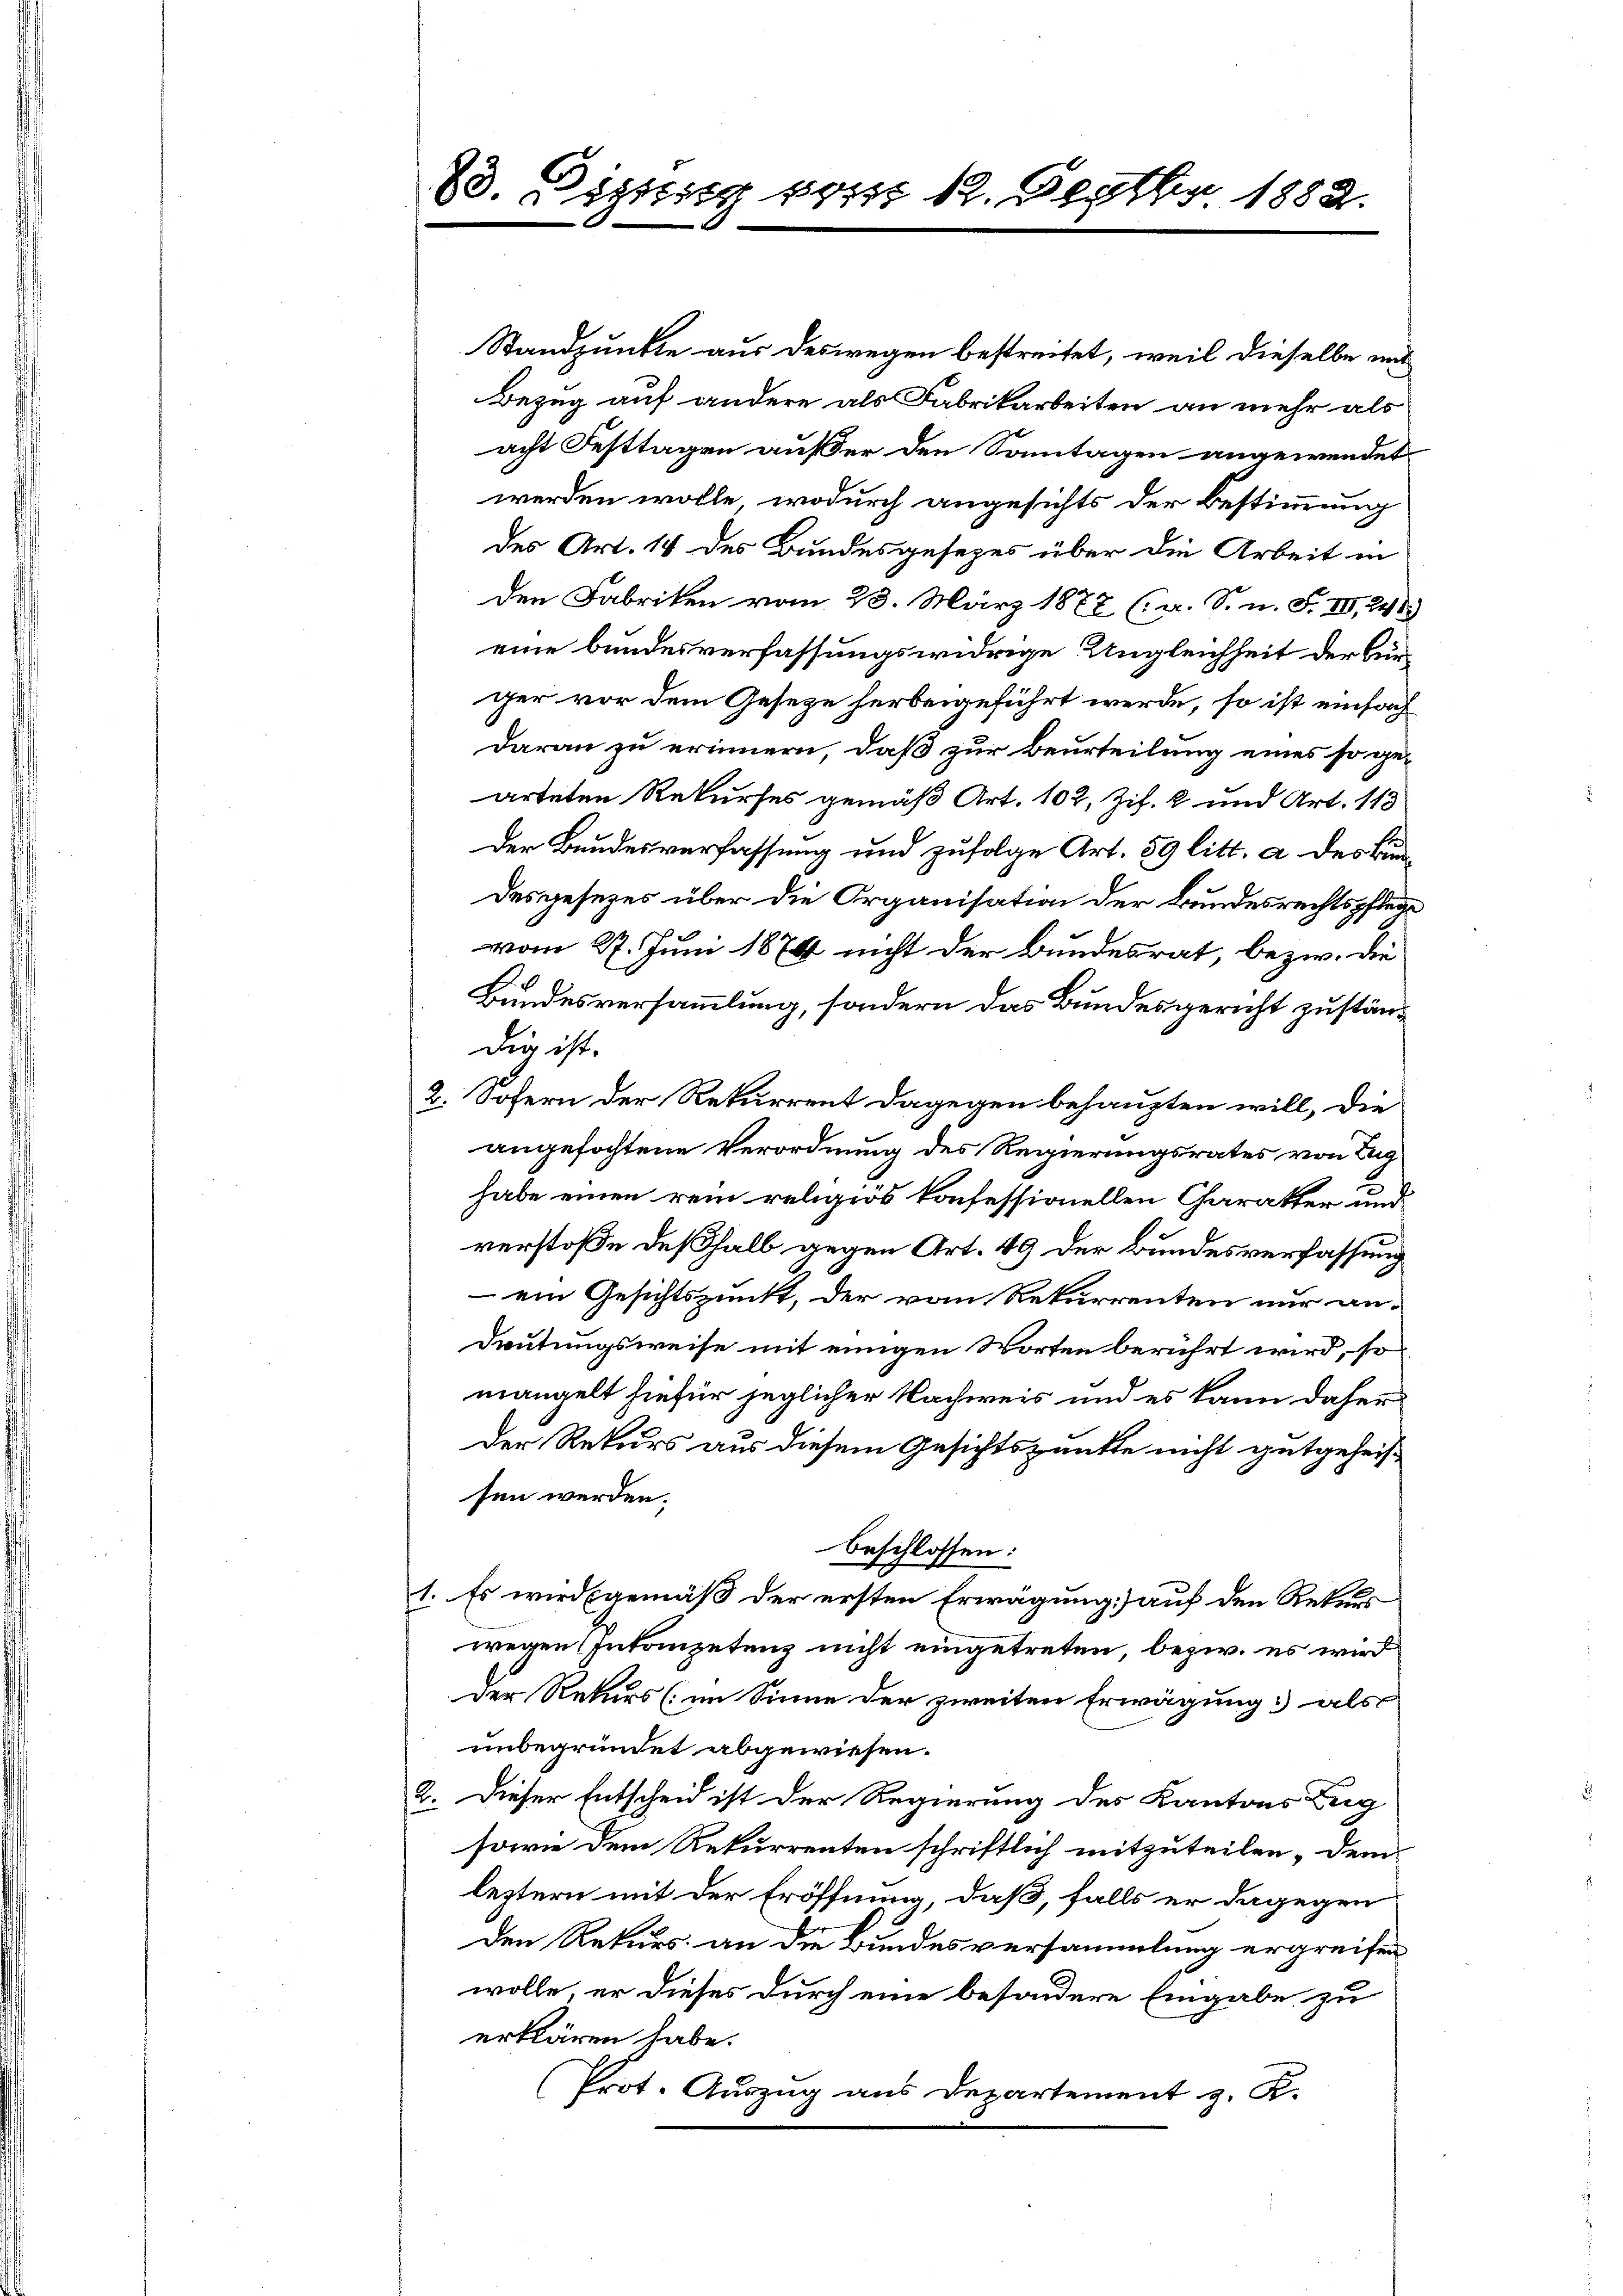
Standpunkte aus deswegen bestreitet, weil dieselbe mit
Bezug auf andere als Fabrikarbeiten an mehr als
acht Festtagen außer den Sonntagen angewendet
werden wolle, wodurch angesichts der Bestimmung
des Art. 14 des Bundesgesezes über die Arbeit in
den Fabriken vom 28. März 1877 (a. S. n. F. III 248
eine bundesverfassungswidrige Ungleichheit der Bunger vor dem Geseze herbeigeführt werde, so ist einfach
daran zu erinnern, daß zur Beurteilung eines so gearteten Rekurses gemäß Art. 102, Zif. 2 und Art. 113
Der Bundesverfassung und zufolge Art. 89 litt. a des Bundesgesezes über die Organisation der Bundesrechtspflege
vom 27. Juni 1874 nicht der Bundesrat, bezw. die
Bundesversammlung, sondern das Bundesgericht zustän¬
Dir ist.
2. Sofern der Rekurrent dagegen behaupten will, die
angefochtene Verordnung des Regierungsrates von Lug
habe einen rein religiös konfessionellen Charakter und
verstoße deßhalb gegen Art. 49 der Bundesverfassung
– ein Gesichtspunkt, der vom Rekurrenten nur an¬
Deutungsweise mit einigen Worten berührt wird, so
mangelt hiefür jeglicher Nachweis und es kann daher
Der Rekurs aus diesem Gesichtspunkte nicht gutgeheis
sen werden.
beschlossen:
1. Es wird gemäß der ersten Erwägung) auf den Rekurs
wegen Intenpetenz nicht eingetreten, bezw. es wird
der Rekurs (im Sinne der zweiten Erwägung als
unbegründet abgewiesen.
2. Dieser Entscheid ist der Regierung des Kantons Zug
sowie dem Rekurrenten schriftlich mitzuteilen, dem
leztern mit der Eröffnung, daß, falls er dagegen
den Rekurs an die Bundesversammlung ergreifen
wolle, er dieses durch eine besondere Eingabe zu
erklären habe.
Prot. Auszug aus Departement z. K.

83. Distag 111 12. Septbr 1882.